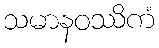
သမာနဝဿိကံ